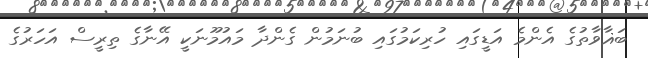
ބަޣާވާތުގެ އެންމެ އަޑީގައި ހުރިކަމުގައި ބުނަމުން ގެންދާ މައުމޫނަކީ އޭނާގެ ތިރީސް އަހަރުގެ